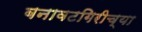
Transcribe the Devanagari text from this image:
बनावटगिरीच्या